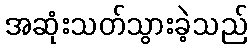
အဆုံးသတ်သွားခဲ့သည်